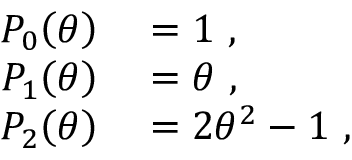
\begin{array} { r l } { P _ { 0 } \mathopen { } \mathclose \bgroup \left( \theta \aftergroup \egroup \right) } & { { } = 1 ~ , } \\ { P _ { 1 } \mathopen { } \mathclose \bgroup \left( \theta \aftergroup \egroup \right) } & { { } = \theta ~ , } \\ { P _ { 2 } \mathopen { } \mathclose \bgroup \left( \theta \aftergroup \egroup \right) } & { { } = 2 \theta ^ { 2 } - 1 ~ , } \end{array}